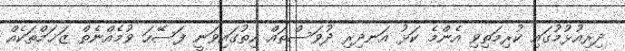
ދިރިއުޅުމުގައި ކުރިމަތިވި އެންމެ ކަޅު އަނދިރި ދުވަސްތައް ހިތުގައިވަނީ ފަސޭހަ ވުމެއްނެތް ޒަޚަމްތަކެއް